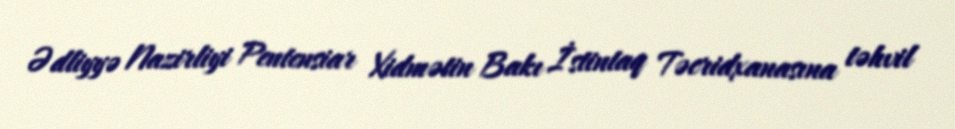
Ədliyyə Nazirliyi Pentensiar Xidmətin Bakı İstintaq Təcridxanasına təhvil